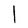
Character: l